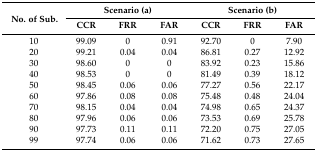
| <ROWSPAN=2> No. of Sub. | <COLSPAN=3> Scenario (a) | <COLSPAN=3> Scenario (b) |
 | CCR | FRR | FAR | CCR | FRR | FAR |
 | --- | --- | --- | --- | --- | --- | --- |
 | 10 | 99.09 | 0 | 0.91 | 92.70 | 0 | 7.90 |
 | 20 | 99.21 | 0.04 | 0.04 | 86.81 | 0.27 | 12.92 |
 | 30 | 98.60 | 0 | 0 | 83.92 | 0.23 | 15.86 |
 | 40 | 98.53 | 0 | 0 | 81.49 | 0.39 | 18.12 |
 | 50 | 98.45 | 0.06 | 0.06 | 77.27 | 0.56 | 22.17 |
 | 60 | 97.86 | 0.08 | 0.08 | 75.48 | 0.48 | 24.04 |
 | 70 | 98.15 | 0.04 | 0.04 | 74.98 | 0.65 | 24.37 |
 | 80 | 97.96 | 0.06 | 0.06 | 73.53 | 0.69 | 25.78 |
 | 90 | 97.73 | 0.11 | 0.11 | 72.20 | 0.75 | 27.05 |
 | 99 | 97.74 | 0.06 | 0.06 | 71.62 | 0.73 | 27.65 |